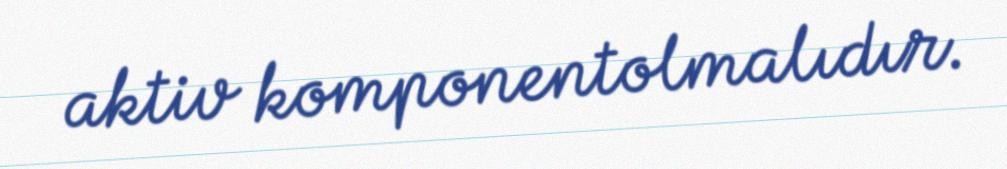
aktiv komponentolmalıdır.